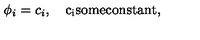
\phi _ { i } = c _ { i } , \quad \mathrm { c _ i s o m e c o n s t a n t } ,